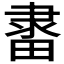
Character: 𨽶